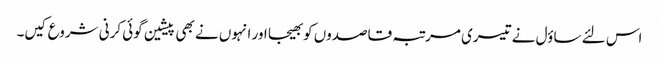
اس لئے ساؤل نے تیسری مرتبہ قاصدوں کو بھیجا اور انہوں نے بھی پیشین گوئی کرنی شروع کیں۔